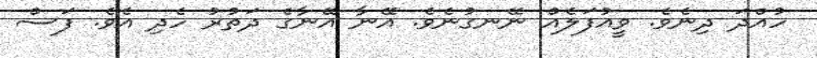
ހުއްދަ ދިނެވެ. ވީއުފަލެއް ނޭނގުނެވެ. އޭނާ އޭނާގެ ދަތުރު ހެދި އެވެ. ފަސް